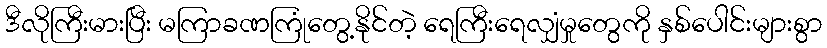
ဒီလိုကြီးမားပြီး မကြာခဏကြုံတွေ့နိုင်တဲ့ ရေကြီးရေလျှံမှုတွေကို နှစ်ပေါင်းများစွာ